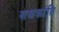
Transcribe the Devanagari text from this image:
शस्त्रक्रांति